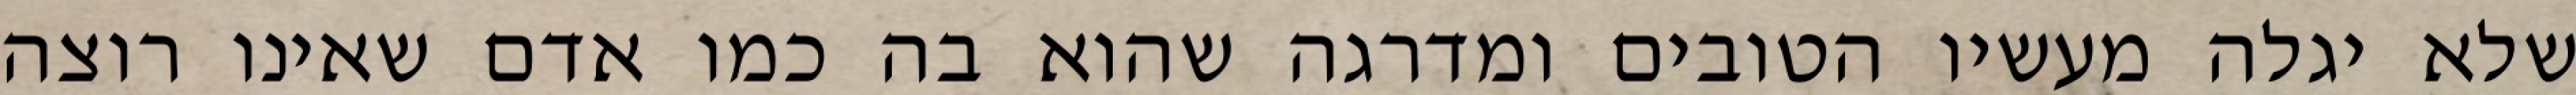
שלא יגלה מעשיו הטובים ומדרגה שהוא בה כמו אדם שאינו רוצה